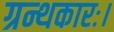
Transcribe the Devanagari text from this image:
ग्रन्थकारः।